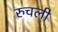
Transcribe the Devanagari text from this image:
रुचली